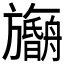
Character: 𬀠